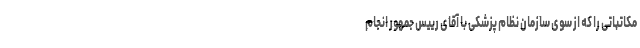
مکاتباتی را که از سوی سازمان نظام پزشکی با آقای رییس جمهور انجام